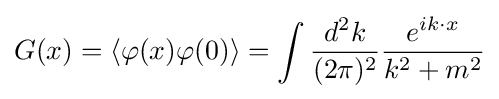
G(x)=\left\langle \varphi (x)\varphi (0)\right\rangle =\int {\frac {d^{2}k}{(2\pi )^{2}}}{\frac {e^{ik\cdot x}}{k^{2}+m^{2}}}